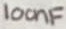
Text: 100nF